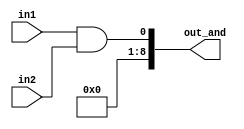
module logical_and(in1 , in2 , out_and);
  
  input signed [4:0]in1;
  input signed [4:0]in2;
  output signed [8:0]out_and;
  
  assign out_and = in1 && in2;
  
endmodule